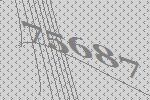
75687